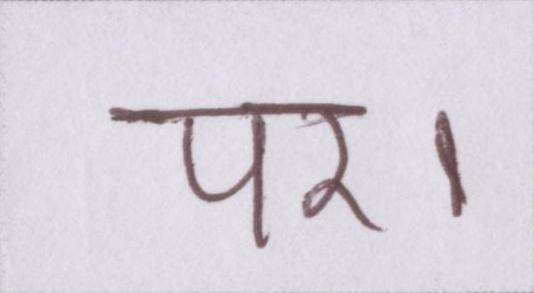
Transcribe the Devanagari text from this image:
पर।